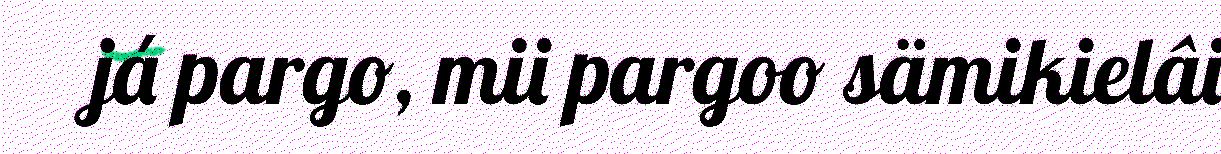
já pargo, mii pargoo sämikielâi